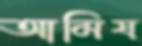
আমিষ